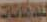
للدهانات